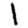
Digit: 1